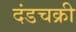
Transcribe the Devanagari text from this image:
दंडचक्री